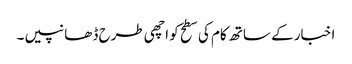
اخبار کے ساتھ کام کی سطح کو اچھی طرح ڈھانپیں۔